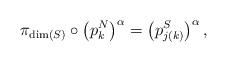
LaTeX: \begin{align*}\pi _{\mathrm{\dim }\left( S\right) }\circ \left( p_{k}^{N}\right) ^{\alpha}=\left( p_{j\left( k\right) }^{S}\right) ^{\alpha }, \end{align*}